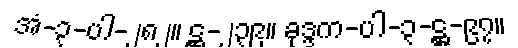
အံ-၃-ပါ-၂၈၂။ ဋ္ဌ-၂၃၉။ ခုဒ္ဒက-ပါ-၃-ဋ္ဌ-၉၇။